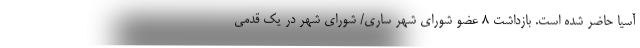
آسیا حاضر شده است. بازداشت 8 عضو شورای شهر ساری/ شورای شهر در یک قدمی